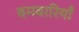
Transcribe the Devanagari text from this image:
बमबारियाँ